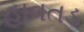
હાવતડ